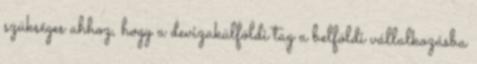
szükséges ahhoz, hogy a devizakülföldi tag a belföldi vállalkozásba